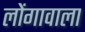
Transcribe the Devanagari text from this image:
लोंगावाला